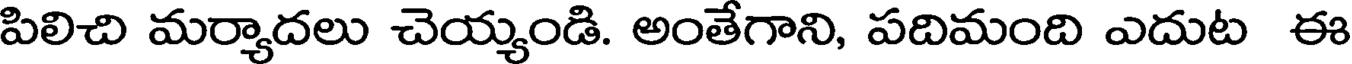
పిలిచి మర్యాదలు చెయ్యండి. అంతేగాని, పదిమంది ఎదుట ఈ